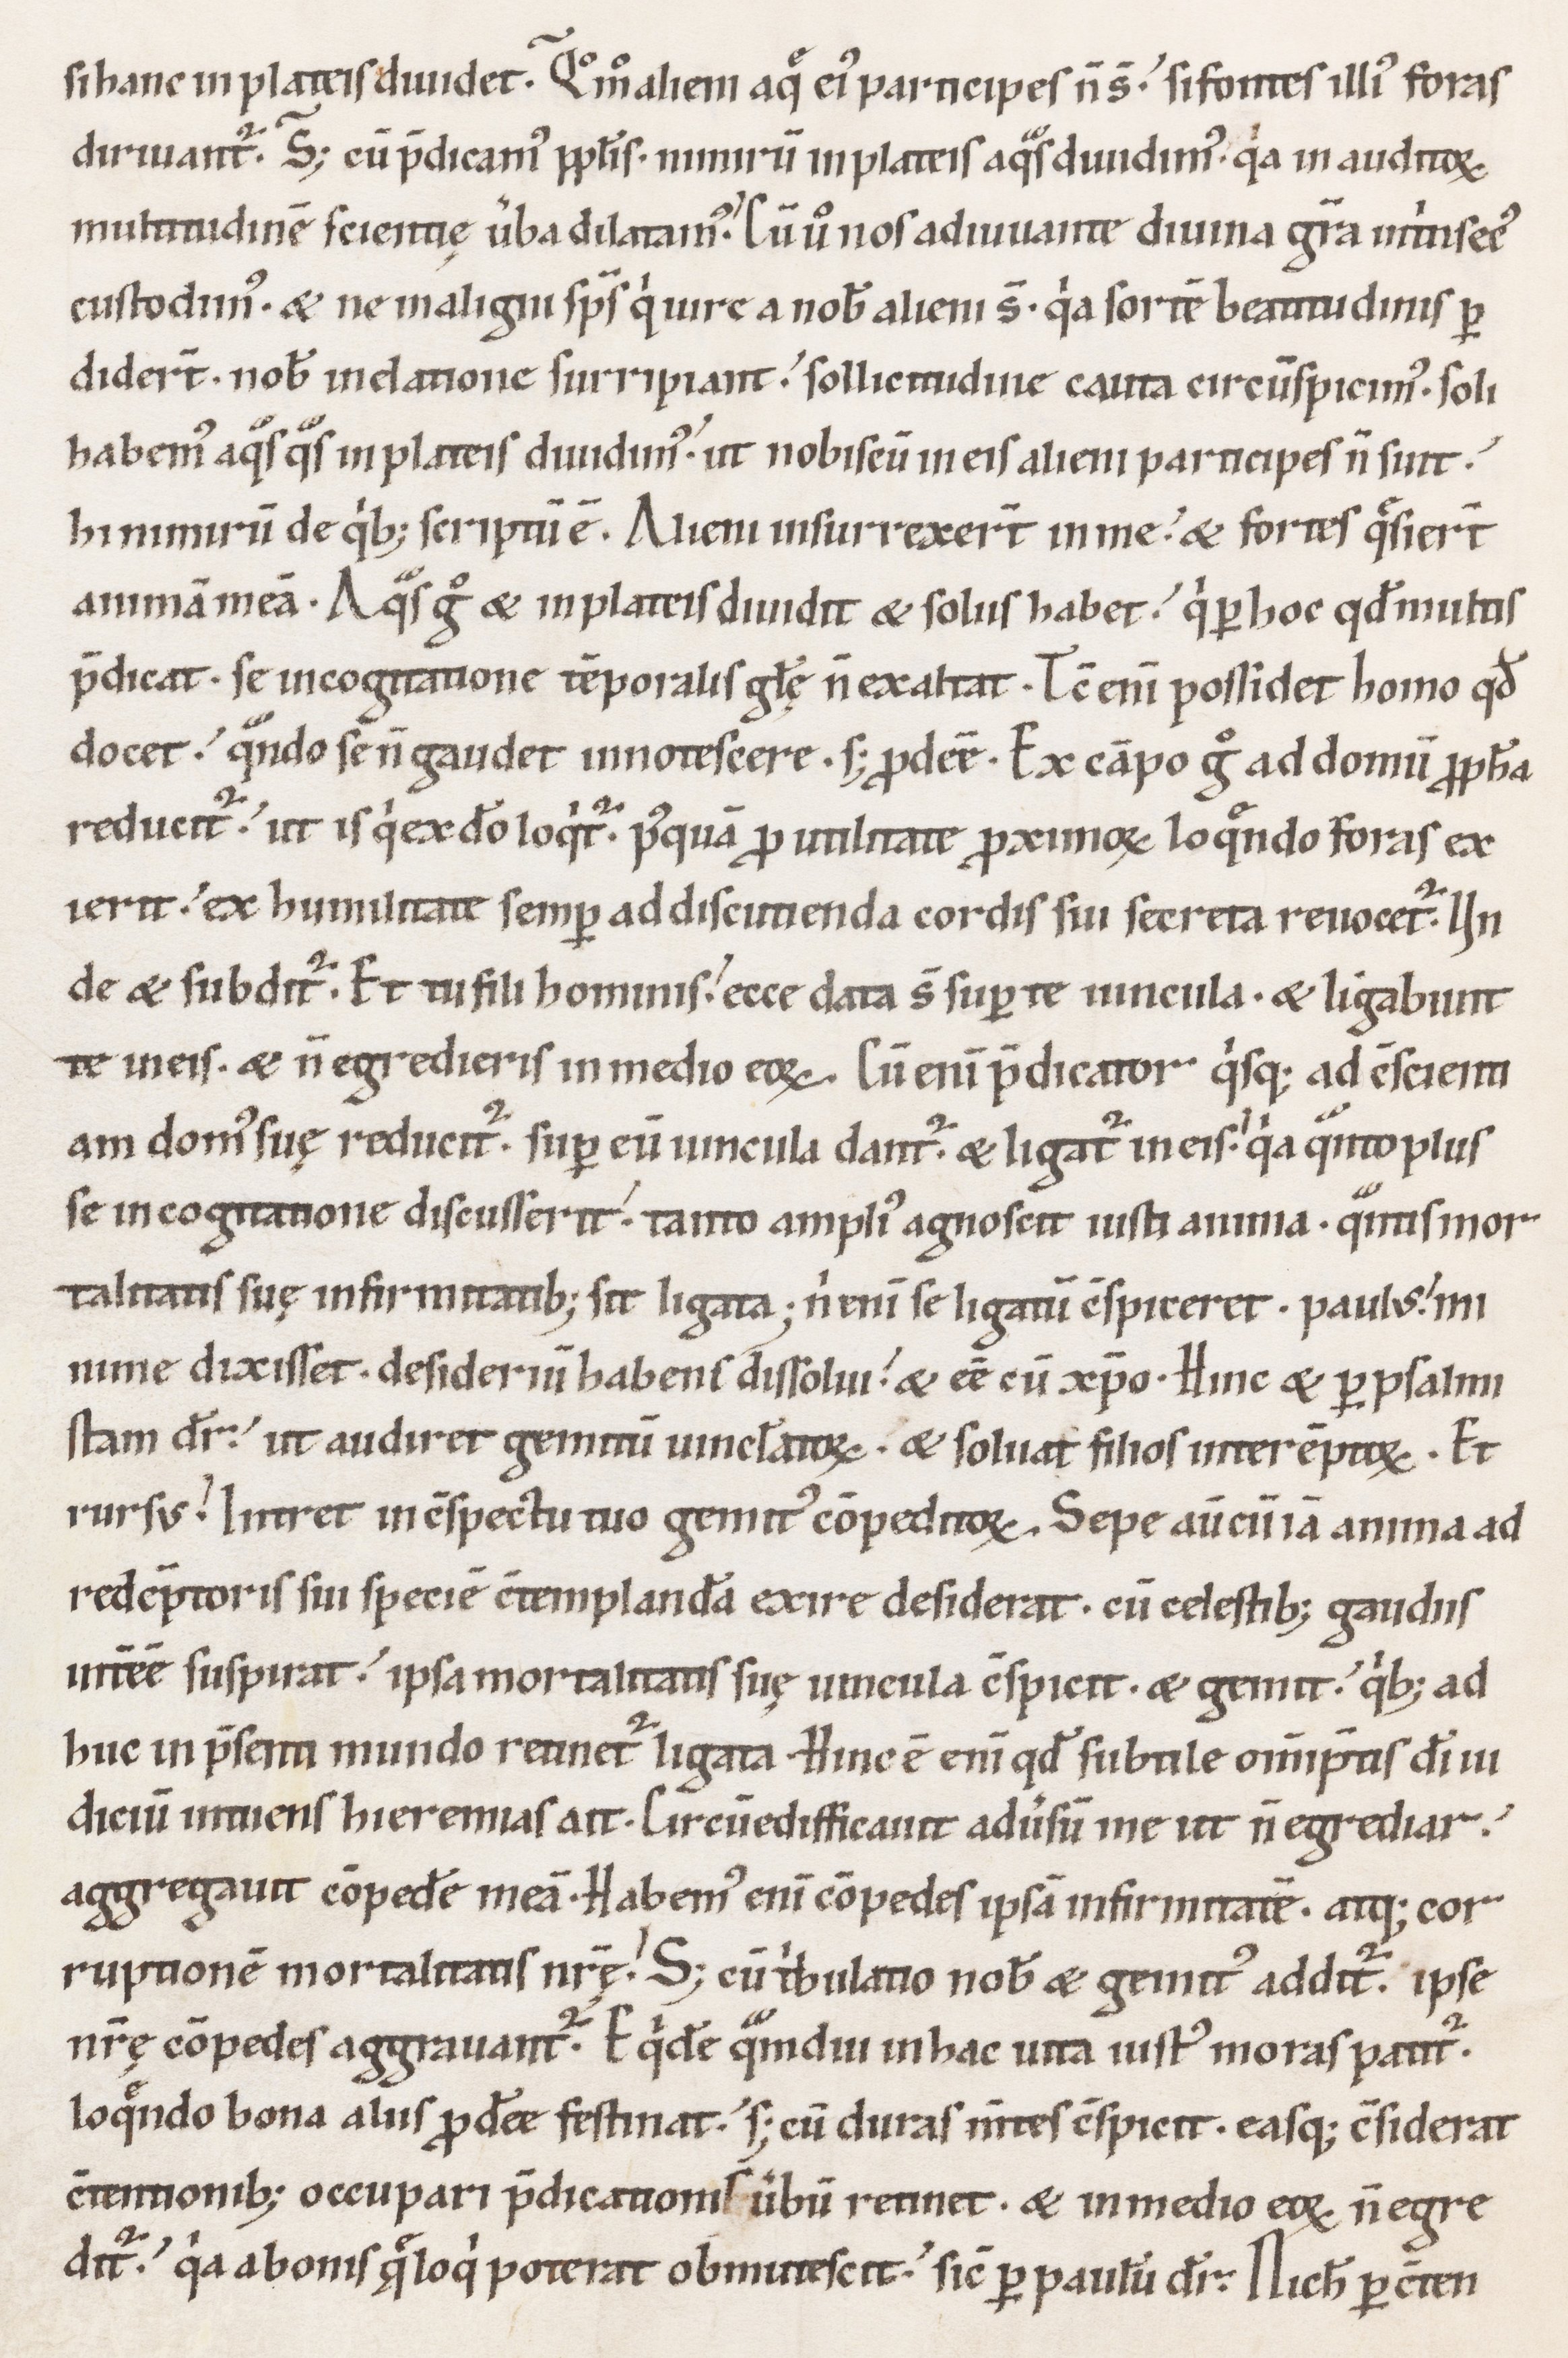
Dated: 1100–1199